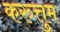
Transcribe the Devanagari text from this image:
करुत्तुम